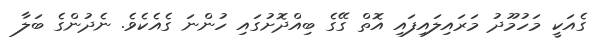
ގެއަކީ މަހުމޫދު މަރައިލައިފައި އޮތް ގޭގެ ބިއްދޮށުގައި ހުންނަ ގެއެކެވެ. ނެދުންގެ ބަލާ